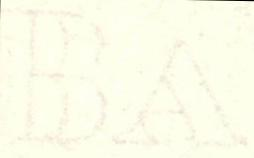
BA